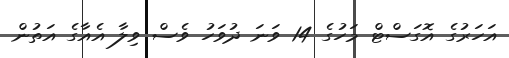
އަހަރުގެ އޮގަސްޓް މަހުގެ 14 ވަނަ ދުވަހު ވެސް ވިލާ އެއާގެ އަތުން